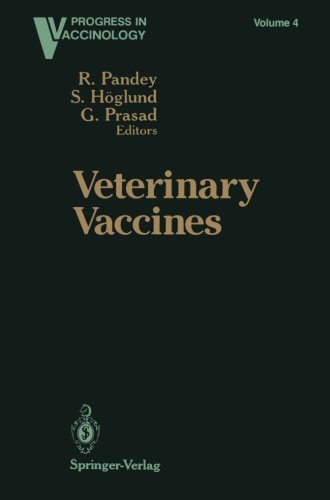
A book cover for Veterinary Vaccines (Progress in Vaccinology); Medical Books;